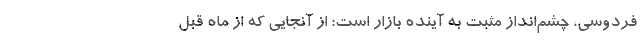
فردوسی، چشم‌انداز مثبت به آینده بازار است؛ از آنجایی که از ماه قبل